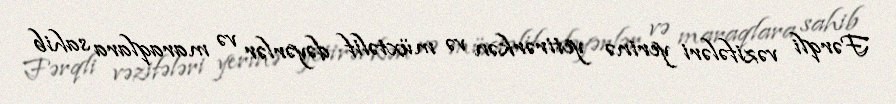
Fərqli vəzifələri yerinə yetirərkən və müxtəlif dəyərlər və maraqlara sahib